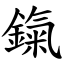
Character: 鎎